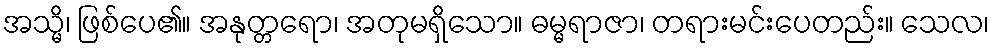
အသ္မိ၊ ဖြစ်ပေ၏။ အနုတ္တရော၊ အတုမရှိသော။ ဓမ္မရာဇာ၊ တရားမင်းပေတည်း။ သေလ၊